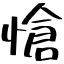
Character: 愴